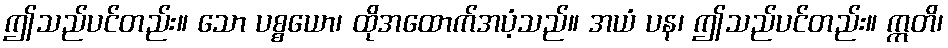
ဤသည်ပင်တည်း။ သော ပစ္စယော၊ ထိုအထောက်အပံ့သည်။ အယံ ပန၊ ဤသည်ပင်တည်း။ ဣတိ၊